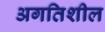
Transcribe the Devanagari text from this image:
अगतिशील